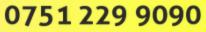
0751 229 9090